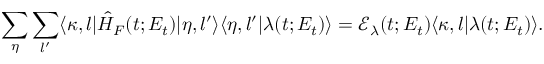
\sum _ { \eta } \sum _ { l ^ { \prime } } \langle \kappa , l | \hat { H } _ { F } ( t ; E _ { t } ) | \eta , l ^ { \prime } \rangle \langle \eta , l ^ { \prime } | \lambda ( t ; E _ { t } ) \rangle = \mathcal { E } _ { \lambda } ( t ; E _ { t } ) \langle \kappa , l | \lambda ( t ; E _ { t } ) \rangle .